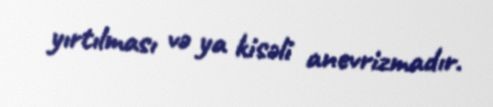
yırtılması və ya kisəli anevrizmadır.